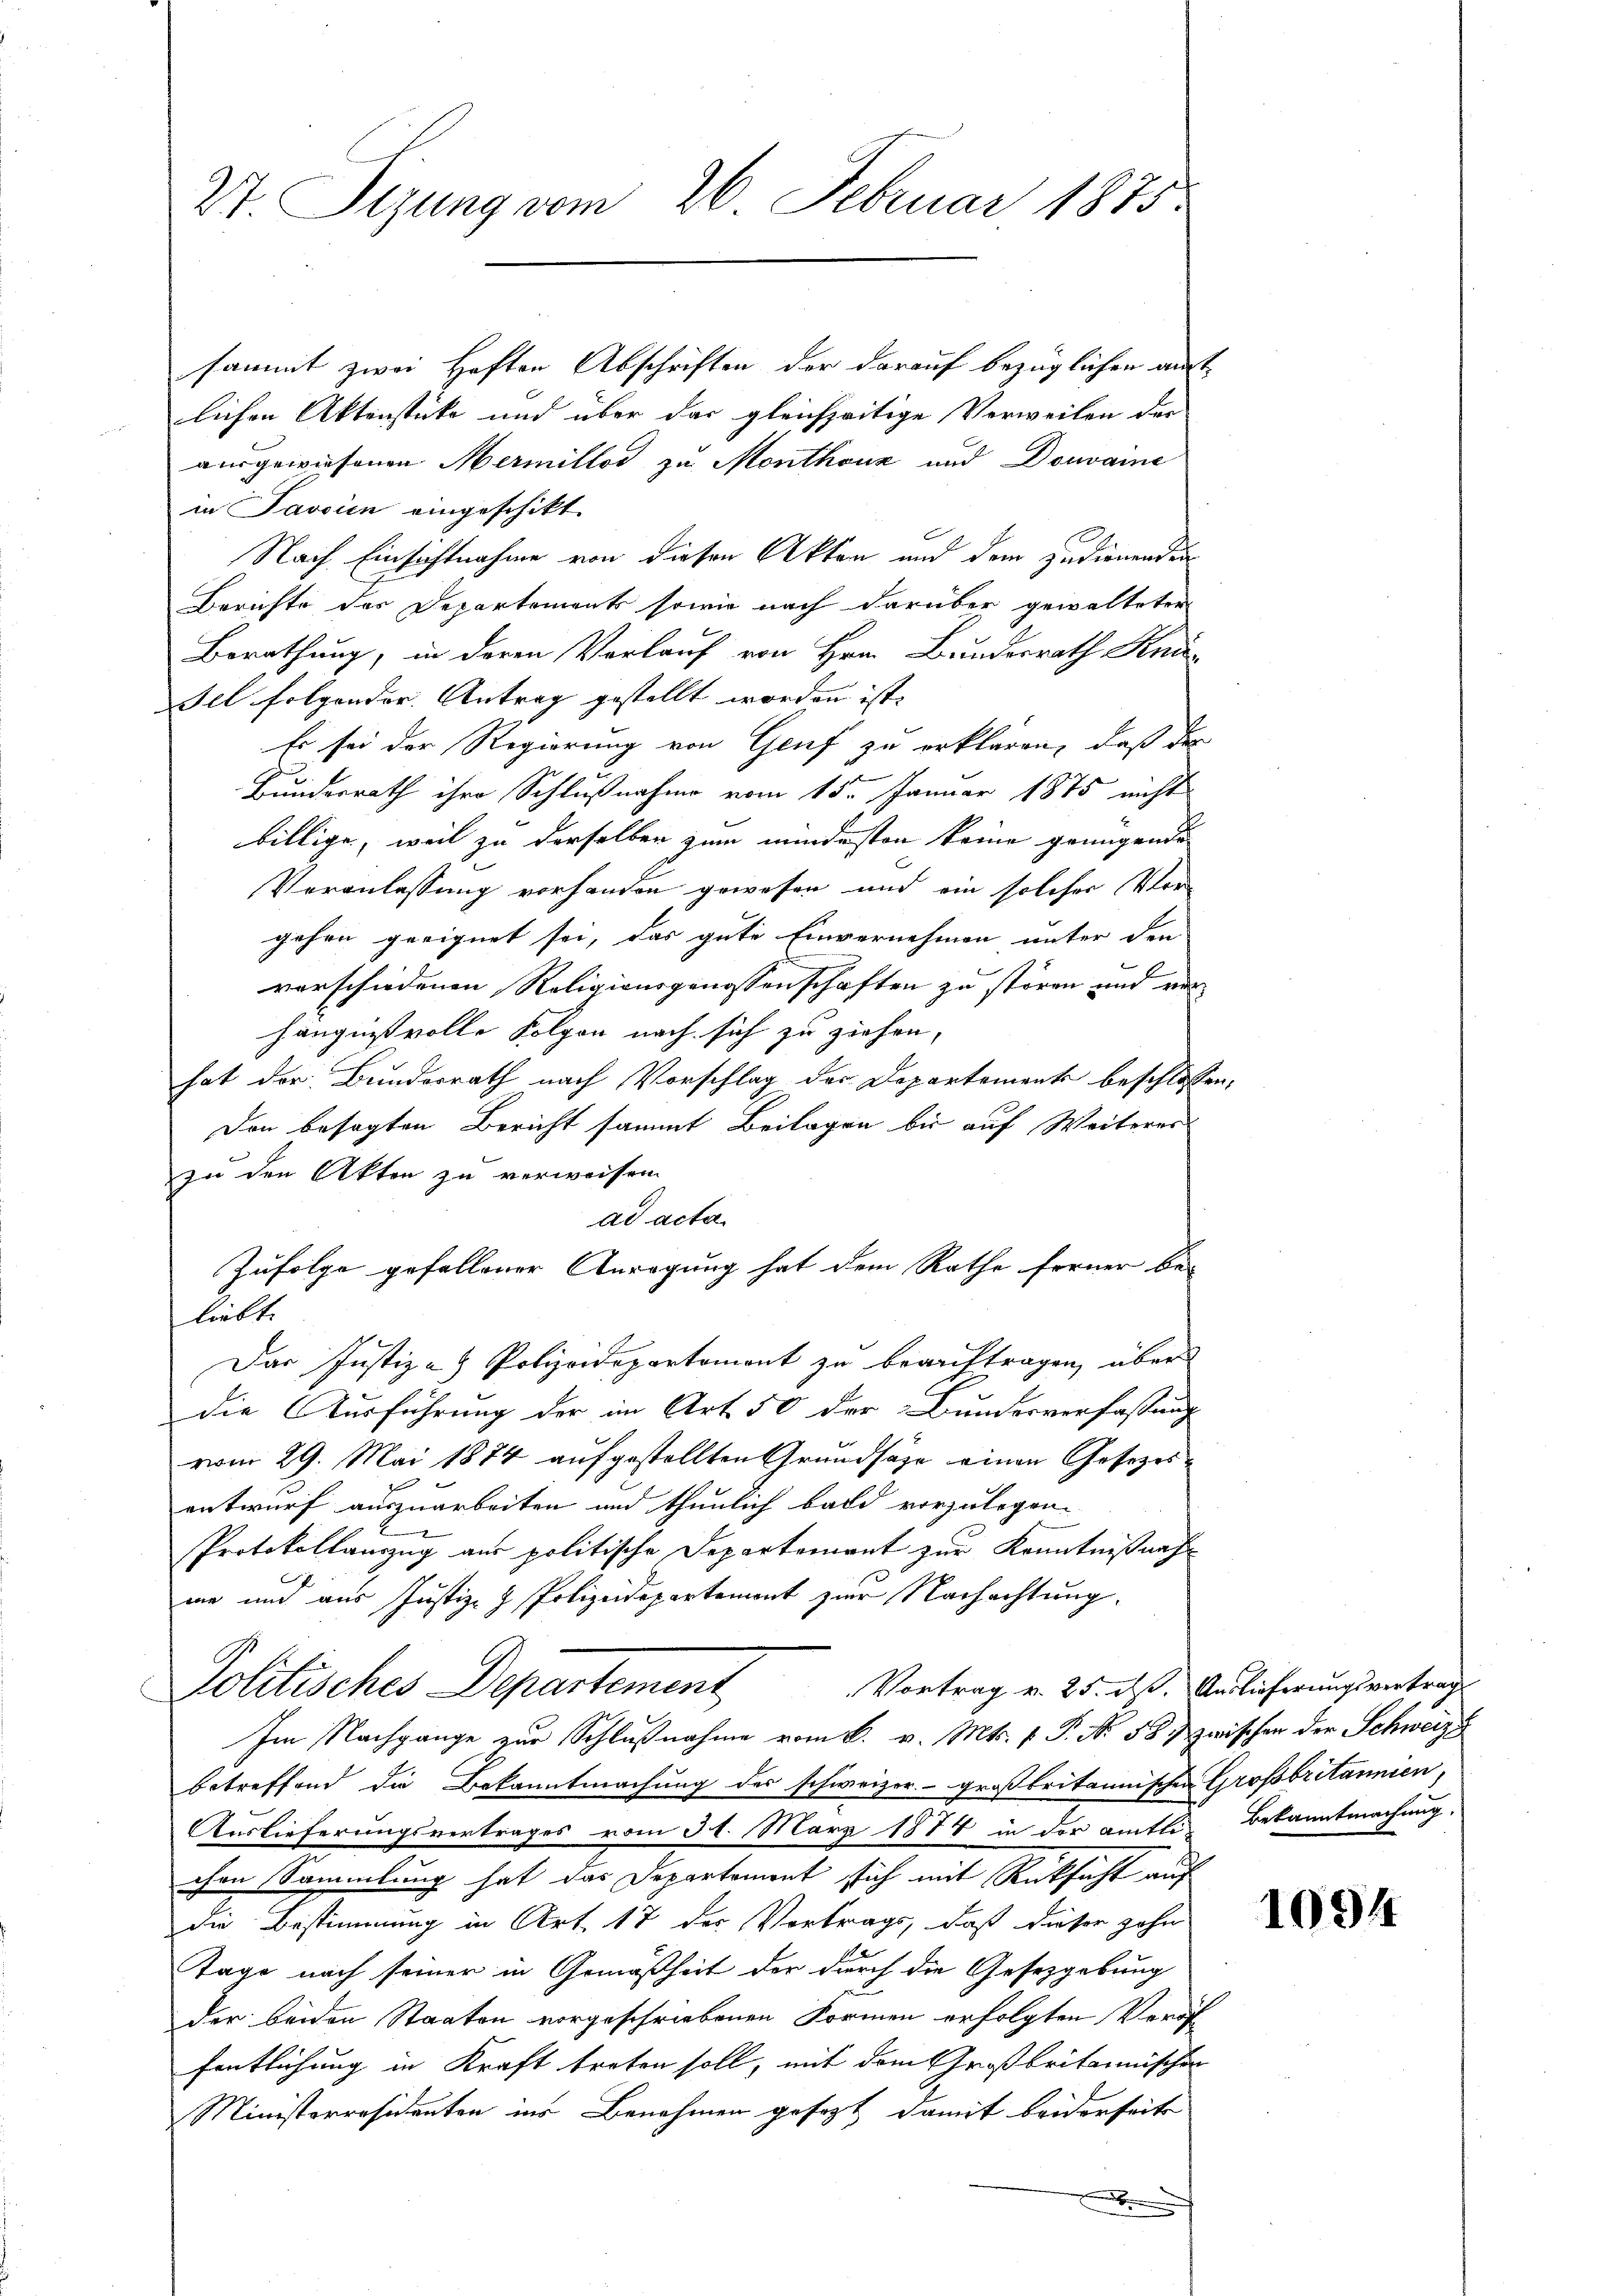
27 Sizung vom 26. Februar 1875.

sammt zwei Haften Abschriften der darauf bezüglichen auslichen Aktenstücke und über das gleichzeitige Verweilen der
ausgewiesenen Mermillos zu Monthouz und Domaine
in Javaien eingeschikt.
Nach Einsichtnahme von diesen Akten und dem zudienenden
Berichte des Departements sowie nach darüber gewalteter
Berathung, in deren Vorlauf von Hrn. Bundesrath Knü
Fel folgender. Antrag gestellt worden ist. |
Es sei der Regierung von Genf zu erklären, daß der
Bundesrath ihre Schlußnahme vom 15. Januar 1875 nicht
billige, weil zu derselben zum mindesten keine grungende
Veranlassung vorhanden gewesen und ein solcher Vor
gehen geeignet sei, das gute Einvernehmen unter den
verschiedenen Religionsgenossenschaften zu stören und ver
hängnisvolle Folgen nach sich zu ziehen,
hat der Bundesrath nach Vorschlag der Departements beschlossen,
Den besagten Bericht sammt Beilagen bis auf Weiteres
zu den Akten zu verweisen.
ad acta
Zufolge gefallener Anregung hat dem Rathe ferner beliebt.
Das Justiz- & Polizeidepartemont zu beauftragen, über
die Ausführung der im Art. 50 der Bundesverfassung
vom 29. Mai 1874 aufgestellten Grundsätze einen Gesezesentwurf auszuarbeiten und thunlich bald vorzulegen
Protokollauszug aus politische Departement zur Kenntnißnahme und aus Justiz- & Polizeidepartement zur Nachachtung.
Vortrag v. 25. ds. Auslieferungsvertrag
Politisches Departement
Im Nachgange zur Schlußnahme vom 6. v. Mts. v. P. N. 58 zwischen der Schweize
betreffend die Bekanntmachung des schweizer. - großbritannischen Großbritannien,
Auslieferungsvertrages vom 31. März 1874 in der amtli- Bekanntmachung.
chen Sammlung hat das Departement sich mit Rücksicht auf
die Bestimmung in Art. 17 der Vortrags, daß dieser zohn
Tage nach seiner in Gemäßheit der durch die Gesetzgebung
der beiden Staaten vorgeschriebenen Formen erfolgten Veröf
fentlichung in Kraft treten soll, mit dem Großbritannischen
Ministerresidenten ins Benehmen gesagt damit beiderseits

1094